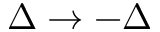
\Delta \rightarrow - \Delta